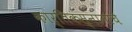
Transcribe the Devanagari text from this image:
कार्तिकस्नानाचे